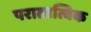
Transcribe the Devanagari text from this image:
परातात्विक